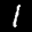
Label: 1